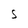
Character: S